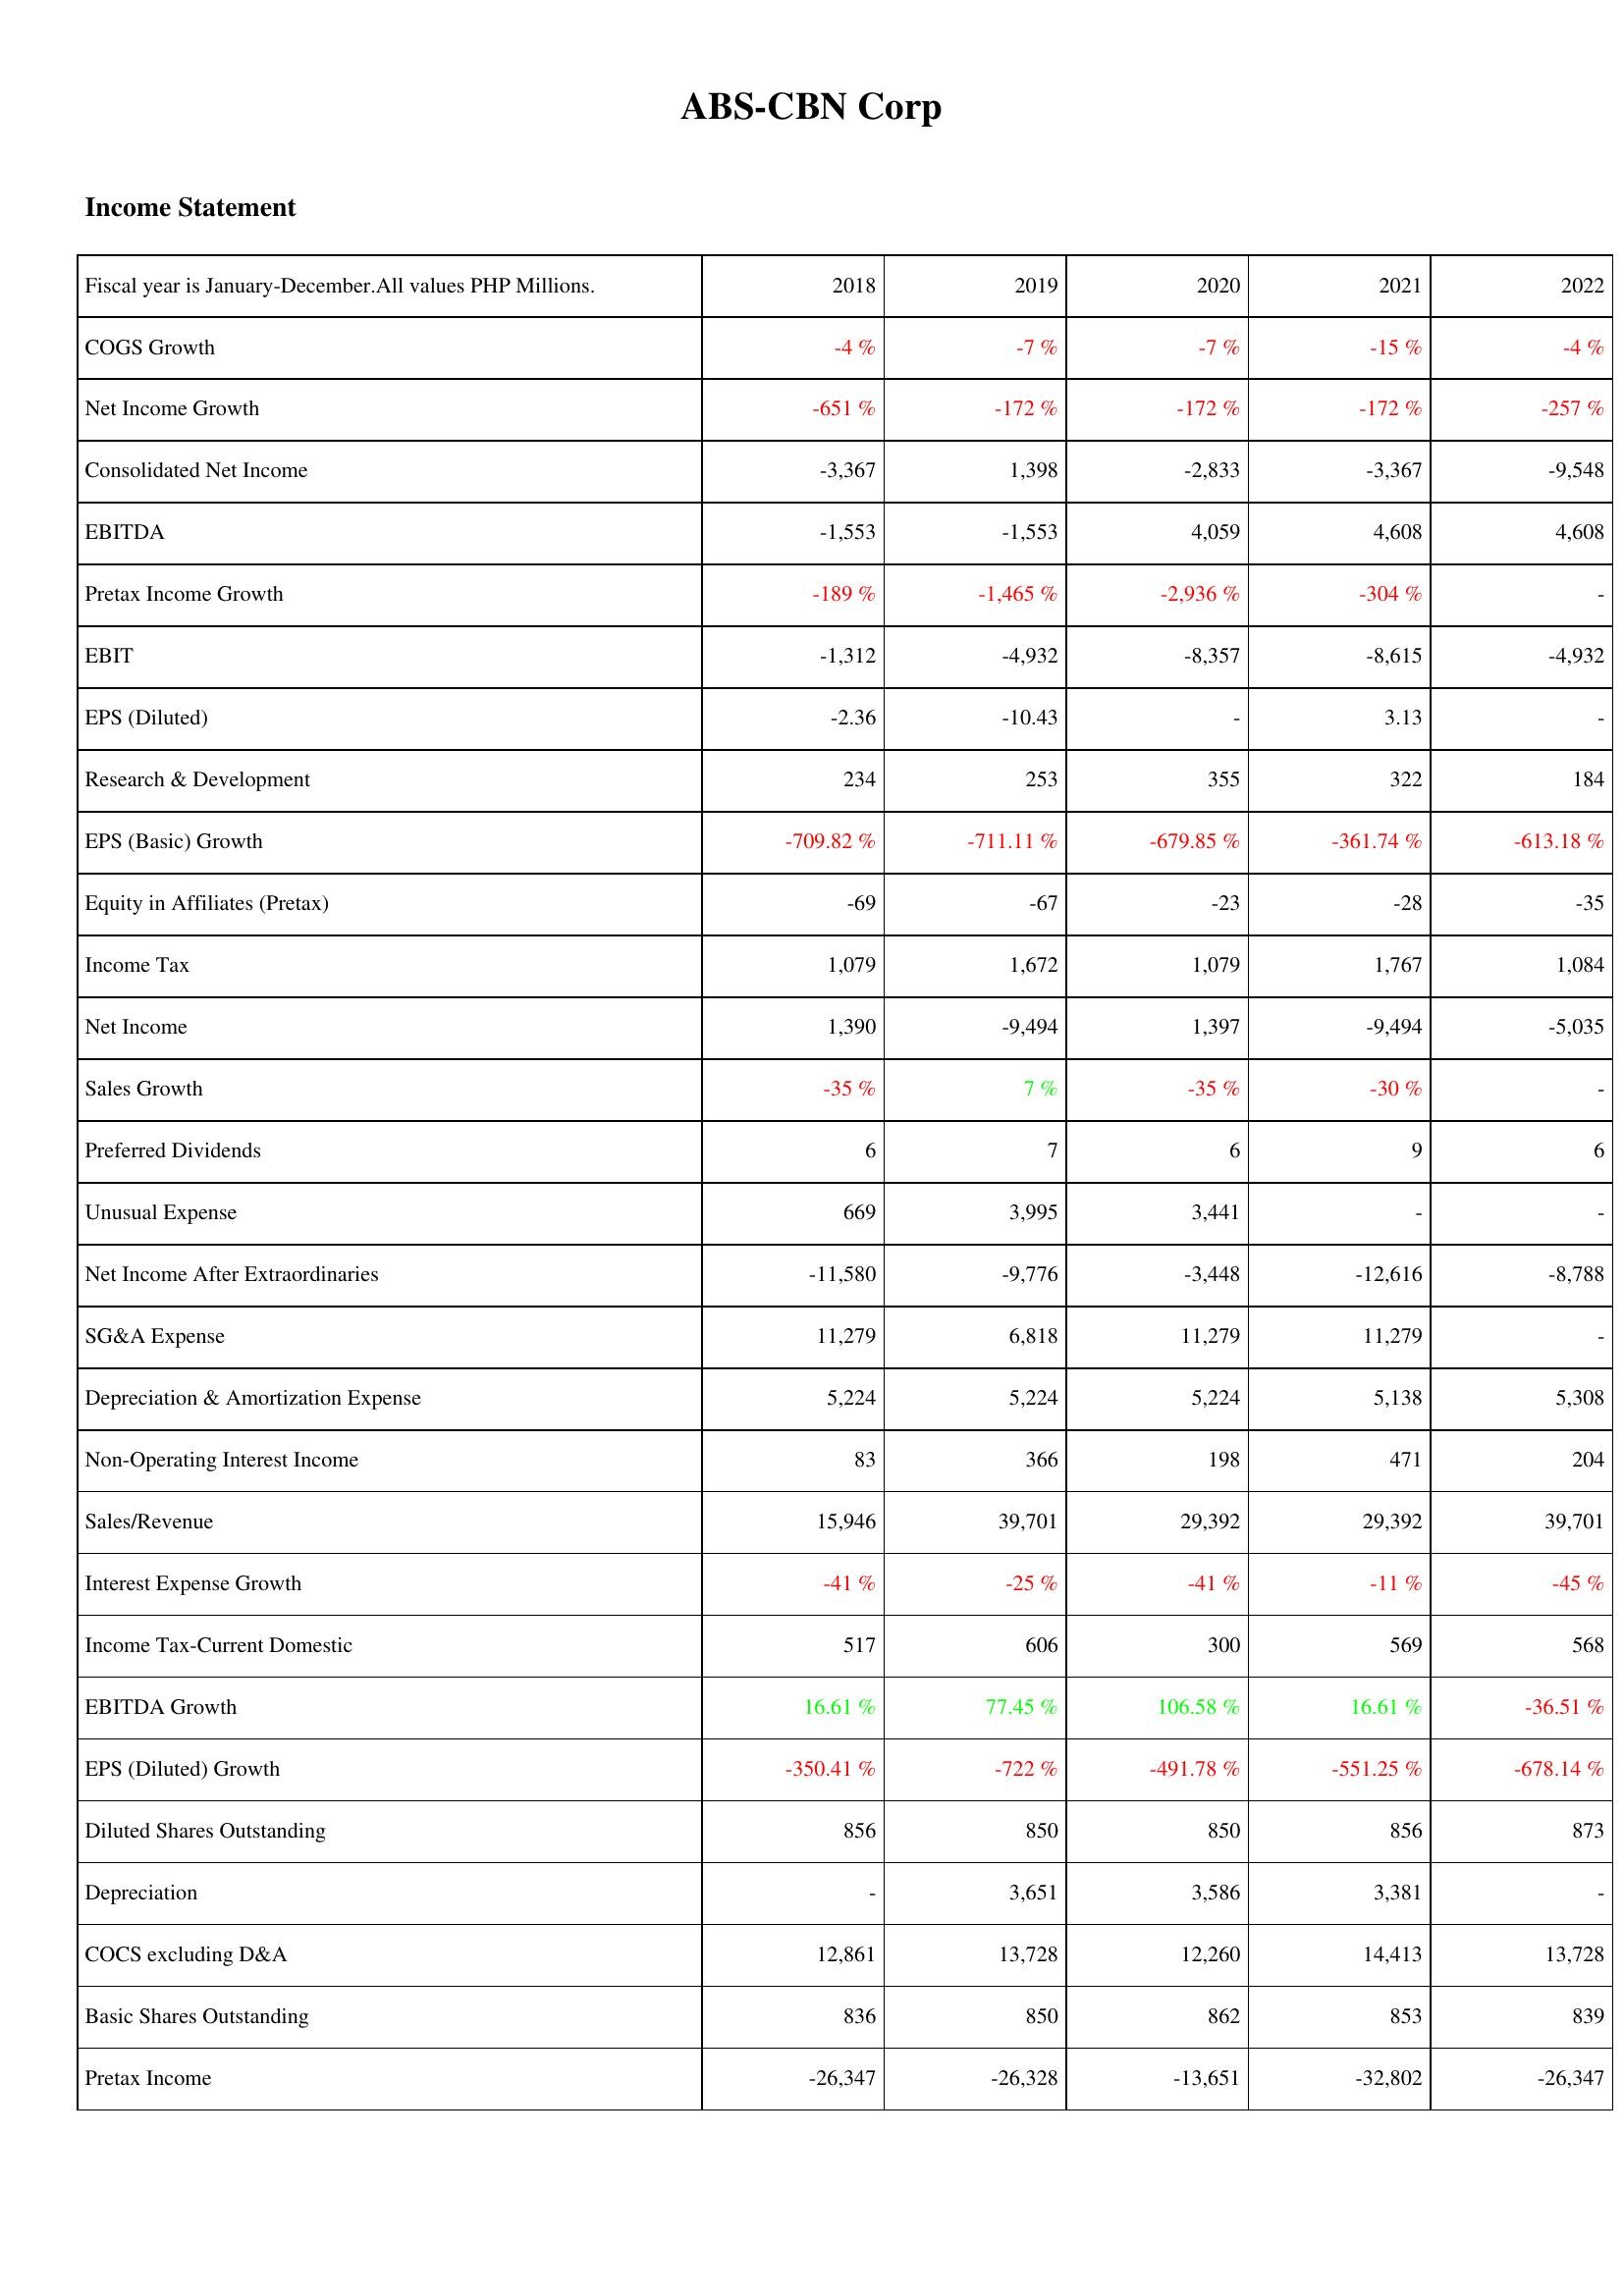
2018: Income Statement: COGS Growth: -4 %
Net Income Growth: -651 %
Consolidated Net Income: -3,367
EBITDA: -1,553
Pretax Income Growth: -189 %
EBIT: -1,312
EPS (Diluted): -2.36
Research & Development: 234
EPS (Basic) Growth: -709.82 %
Equity in Affiliates (Pretax): -69
Income Tax: 1,079
Net Income: 1,390
Sales Growth: -35 %
Preferred Dividends: 6
Unusual Expense: 669
Net Income After Extraordinaries: -11,580
SG&A Expense: 11,279
Depreciation & Amortization Expense: 5,224
Non-Operating Interest Income: 83
Sales/Revenue: 15,946
Interest Expense Growth: -41 %
Income Tax-Current Domestic: 517
EBITDA Growth: 16.61 %
EPS (Diluted) Growth: -350.41 %
Diluted Shares Outstanding: 856
Depreciation: -
COCS excluding D&A: 12,861
Basic Shares Outstanding: 836
Pretax Income: -26,347
2019: Income Statement: COGS Growth: -7 %
Net Income Growth: -172 %
Consolidated Net Income: 1,398
EBITDA: -1,553
Pretax Income Growth: -1,465 %
EBIT: -4,932
EPS (Diluted): -10.43
Research & Development: 253
EPS (Basic) Growth: -711.11 %
Equity in Affiliates (Pretax): -67
Income Tax: 1,672
Net Income: -9,494
Sales Growth: 7 %
Preferred Dividends: 7
Unusual Expense: 3,995
Net Income After Extraordinaries: -9,776
SG&A Expense: 6,818
Depreciation & Amortization Expense: 5,224
Non-Operating Interest Income: 366
Sales/Revenue: 39,701
Interest Expense Growth: -25 %
Income Tax-Current Domestic: 606
EBITDA Growth: 77.45 %
EPS (Diluted) Growth: -722 %
Diluted Shares Outstanding: 850
Depreciation: 3,651
COCS excluding D&A: 13,728
Basic Shares Outstanding: 850
Pretax Income: -26,328
2020: Income Statement: COGS Growth: -7 %
Net Income Growth: -172 %
Consolidated Net Income: -2,833
EBITDA: 4,059
Pretax Income Growth: -2,936 %
EBIT: -8,357
EPS (Diluted): -
Research & Development: 355
EPS (Basic) Growth: -679.85 %
Equity in Affiliates (Pretax): -23
Income Tax: 1,079
Net Income: 1,397
Sales Growth: -35 %
Preferred Dividends: 6
Unusual Expense: 3,441
Net Income After Extraordinaries: -3,448
SG&A Expense: 11,279
Depreciation & Amortization Expense: 5,224
Non-Operating Interest Income: 198
Sales/Revenue: 29,392
Interest Expense Growth: -41 %
Income Tax-Current Domestic: 300
EBITDA Growth: 106.58 %
EPS (Diluted) Growth: -491.78 %
Diluted Shares Outstanding: 850
Depreciation: 3,586
COCS excluding D&A: 12,260
Basic Shares Outstanding: 862
Pretax Income: -13,651
2021: Income Statement: COGS Growth: -15 %
Net Income Growth: -172 %
Consolidated Net Income: -3,367
EBITDA: 4,608
Pretax Income Growth: -304 %
EBIT: -8,615
EPS (Diluted): 3.13
Research & Development: 322
EPS (Basic) Growth: -361.74 %
Equity in Affiliates (Pretax): -28
Income Tax: 1,767
Net Income: -9,494
Sales Growth: -30 %
Preferred Dividends: 9
Unusual Expense: -
Net Income After Extraordinaries: -12,616
SG&A Expense: 11,279
Depreciation & Amortization Expense: 5,138
Non-Operating Interest Income: 471
Sales/Revenue: 29,392
Interest Expense Growth: -11 %
Income Tax-Current Domestic: 569
EBITDA Growth: 16.61 %
EPS (Diluted) Growth: -551.25 %
Diluted Shares Outstanding: 856
Depreciation: 3,381
COCS excluding D&A: 14,413
Basic Shares Outstanding: 853
Pretax Income: -32,802
2022: Income Statement: COGS Growth: -4 %
Net Income Growth: -257 %
Consolidated Net Income: -9,548
EBITDA: 4,608
Pretax Income Growth: -
EBIT: -4,932
EPS (Diluted): -
Research & Development: 184
EPS (Basic) Growth: -613.18 %
Equity in Affiliates (Pretax): -35
Income Tax: 1,084
Net Income: -5,035
Sales Growth: -
Preferred Dividends: 6
Unusual Expense: -
Net Income After Extraordinaries: -8,788
SG&A Expense: -
Depreciation & Amortization Expense: 5,308
Non-Operating Interest Income: 204
Sales/Revenue: 39,701
Interest Expense Growth: -45 %
Income Tax-Current Domestic: 568
EBITDA Growth: -36.51 %
EPS (Diluted) Growth: -678.14 %
Diluted Shares Outstanding: 873
Depreciation: -
COCS excluding D&A: 13,728
Basic Shares Outstanding: 839
Pretax Income: -26,347